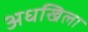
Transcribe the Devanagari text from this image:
अधखिला